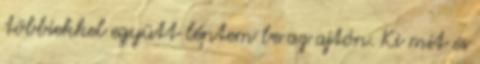
többiekkel együtt léptem be az ajtón. Ki mit és